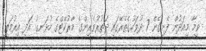
ވީމާ މިއަދުން ފެށިގެން 7 ދުވަހުގެތެރޭގައި ދަތުރުވެރިންގެ މާރުކޭޓްގެ ހުޅަނގު އަދި އިރުމަތީ